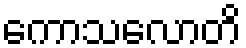
ကောသလောတိ